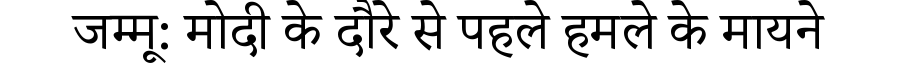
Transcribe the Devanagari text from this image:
जम्मू: मोदी के दौरे से पहले हमले के मायने